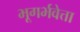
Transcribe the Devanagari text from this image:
भूगर्भवेत्ता